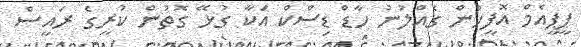
ޕީޕީއެމް އޮފީހުން ގެއްލުނު ހާޑް ޑިސްކް އަކާ ގުޅޭ ގޮތުން ކުރީގެ ރައީސް